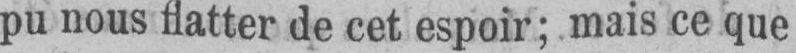
pu nous flatter de cet espoir; mais ce que